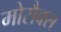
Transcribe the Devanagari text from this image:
मोसैक्स